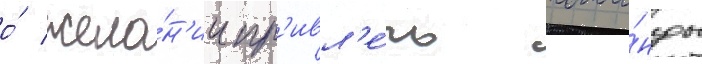
о́ жела́н'ии пр'ивл'е́чь кома́нды